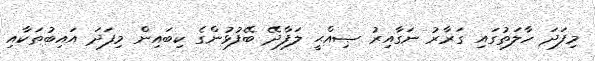
މިފަދަ ހާލަތުގައި ގަރާރު ނަގާއިރު ޞިއްޙީ ލަފާދޭ ބޭފުޅުންގެ ކިބައިން މިފަދަ އައިބުތަކާއި